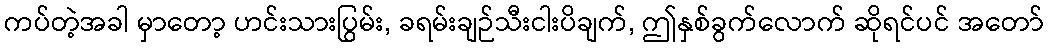
ကပ်တဲ့အခါ မှာတော့ ဟင်းသားပြွမ်း, ခရမ်းချဉ်သီးငါးပိချက်, ဤနှစ်ခွက်လောက် ဆိုရင်ပင် အတော်